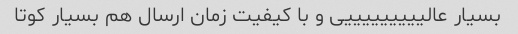
بسیار عالیییییییییی و با کیفیت زمان ارسال هم بسیار کوتا